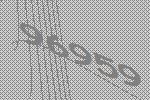
96959